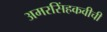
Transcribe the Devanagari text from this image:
अमरसिंहकवीची